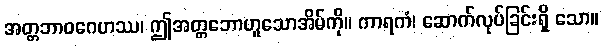
အတ္တဘာဝဂေဟဿ၊ ဤအတ္တဘောဟူသောအိမ်ကို။ ကာရကံ၊ ဆောက်လုပ်ခြင်းရှိ သော။